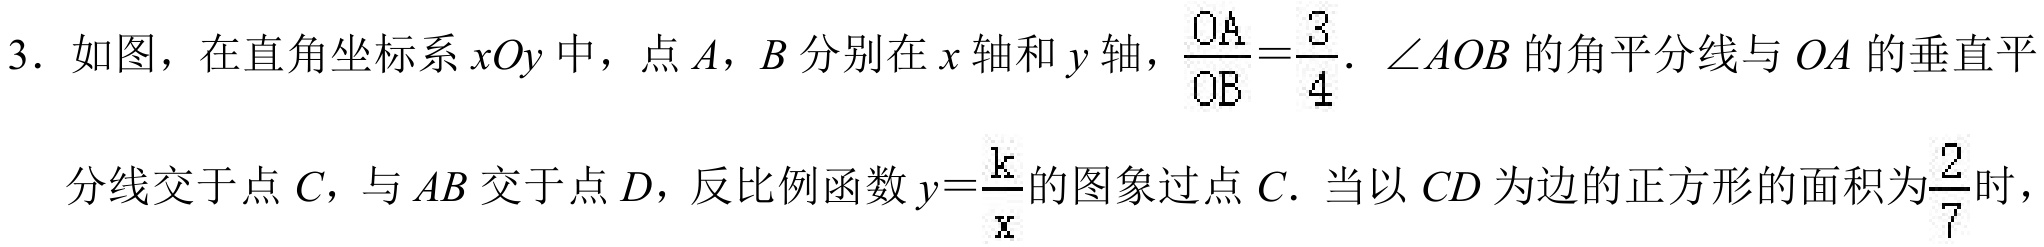
3. 如图，在直角坐标系\(xOy\)中，点\(A\)，\(B\)分别在\(x\)轴和\(y\)轴，\(\frac{OA}{OB}=\frac{3}{4}\). \(\angle AOB\)的角平分线与\(OA\)的垂直平
分线交于点\(C\)，与\(AB\)交于点\(D\)，反比例函数\(y = \frac{k}{x}\)的图象过点\(C\). 当以\(CD\)为边的正方形的面积为\(\frac{2}{7}\)时，